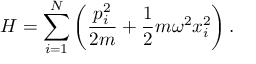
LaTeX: H = \sum _ { i = 1 } ^ { N } \left( { \frac { p _ { i } ^ { 2 } } { 2 m } } + { \frac { 1 } { 2 } } m \omega ^ { 2 } x _ { i } ^ { 2 } \right) .